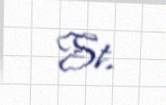
St.